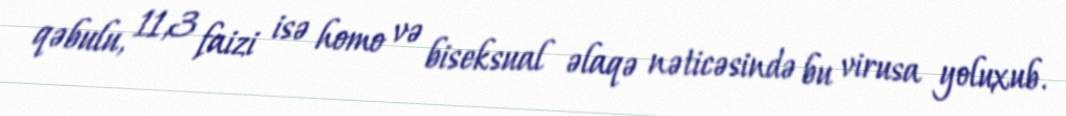
qəbulu, 11,3 faizi isə homo və biseksual əlaqə nəticəsində bu virusa yoluxub.